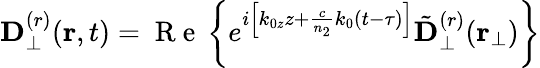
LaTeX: {\mathbf D}_{\perp}^{(r)}({\mathbf r},t)=\mathrm{~R~e~}\left\{ e^{i\left[k_{0z}z+\frac{c}{n_{2}}k_{0}(t-\tau)\right]}{\tilde{\mathbf D}}_{\perp}^{(r)}({\mathbf r}_{\perp})\right\}